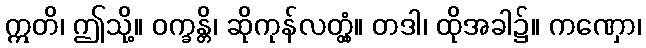
ဣတိ၊ ဤသို့။ ဝက္ခန္တိ၊ ဆိုကုန်လတ္တံ့။ တဒါ၊ ထိုအခါ၌။ ကဏှော၊